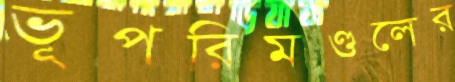
ভূপরিমণ্ডলের